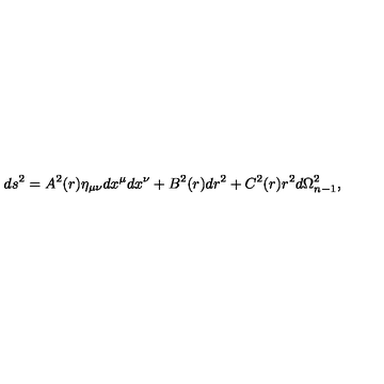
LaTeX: d s ^ { 2 } = A ^ { 2 } ( r ) \eta _ { \mu \nu } d x ^ { \mu } d x ^ { \nu } + B ^ { 2 } ( r ) d r ^ { 2 } + C ^ { 2 } ( r ) r ^ { 2 } d \Omega _ { n - 1 } ^ { 2 } ,